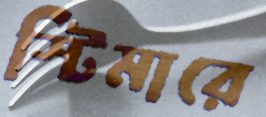
স্টিমারে